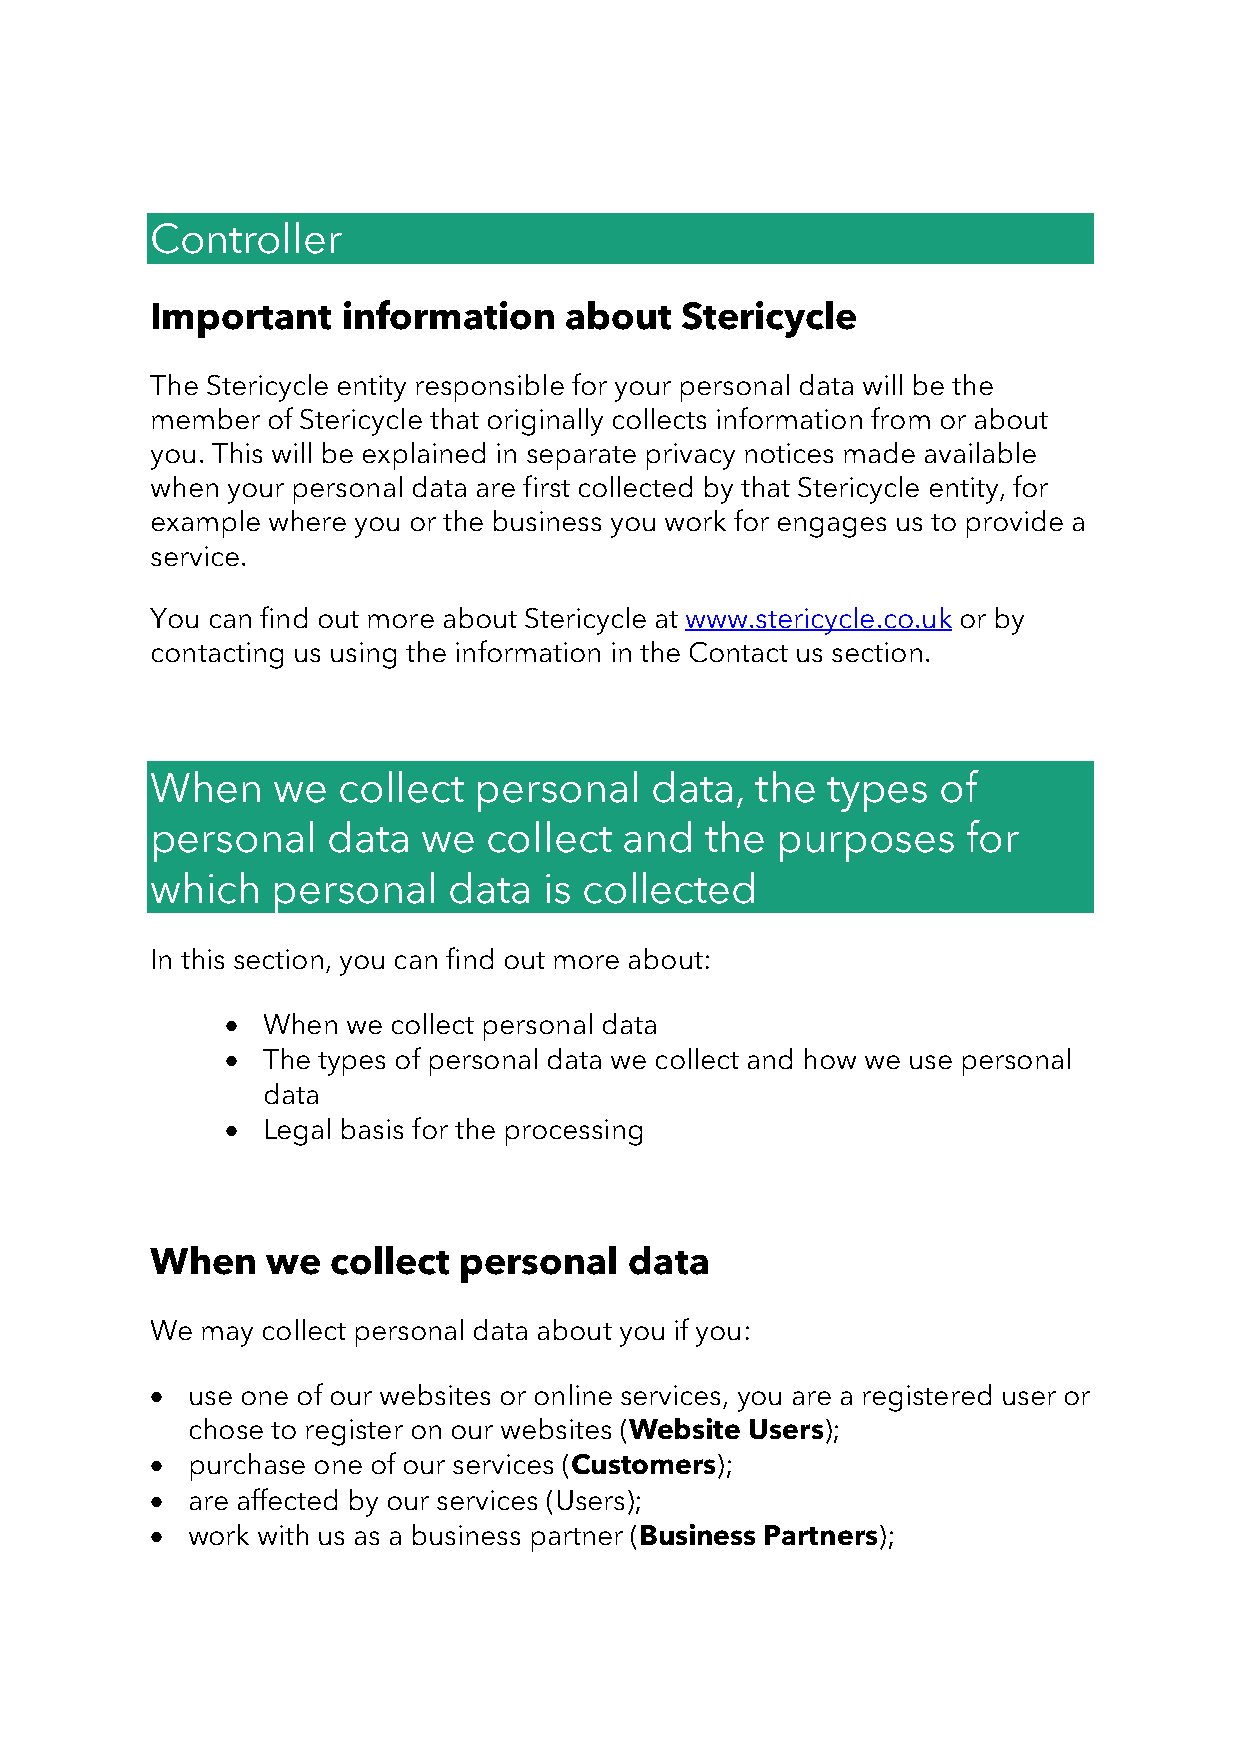
Controller
 Important    information   about   Stericycle
 The Stericycle entity responsible for your personal data will be the
 member  of Stericycle that originally collects information from or about
 you. This will be explained in separate privacy notices made available
 when your personal data are first collected by that Stericycle entity, for
 example where you or the business you work for engages us to provide a
 service.
 You can find out more about Stericycle at www.stericycle.co.uk or by
 contacting us using the information in the Contact us section.
 When    we  collect  personal    data,  the  types  of
 personal    data  we  collect  and   the purposes     for
 which   personal    data  is collected
 In this section, you can find out more about:
 • When  we collect personal data
 • The types of personal data we collect and how we use personal
 data
 • Legal basis for the processing
 When    we  collect personal    data
 We may collect personal data about you if you:
 • use one of our websites or online services, you are a registered user or
 chose to register on our websites (Website Users);
 • purchase one of our services (Customers);
 • are affected by our services (Users);
 • work with us as a business partner (Business Partners);